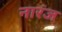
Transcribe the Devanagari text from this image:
नारंज